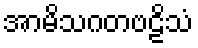
အာမိသဂတဗဠိသံ